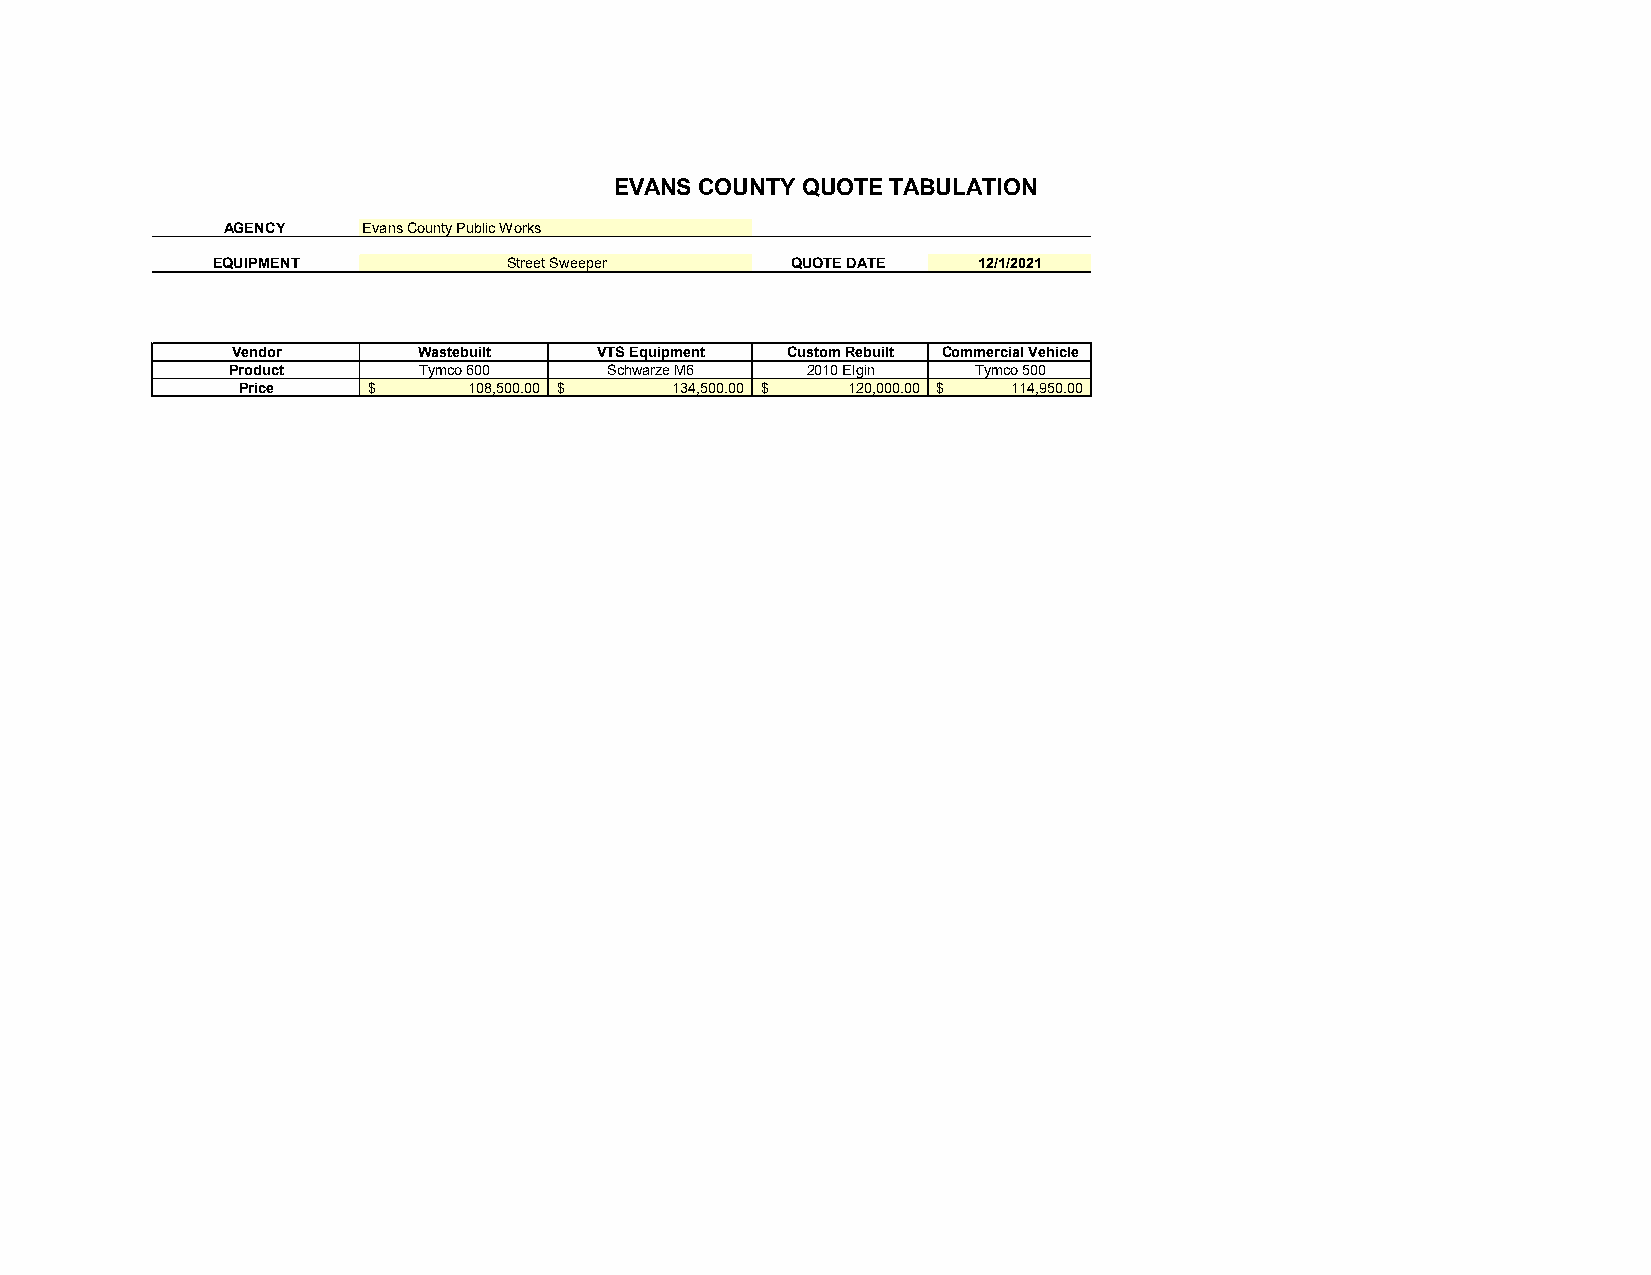
EVANS COUNTY QUOTE TABULATION
 AGENCY   Evans County Public Works
 EQUIPMENT           Street Sweeper    QUOTE DATE   12/1/2021
 Vendor       Wastebuilt  VTS Equipment Custom Rebuilt Commercial Vehicle
 Product      Tymco 600   Schwarze M6  2010 Elgin  Tymco 500
 Price   $      1 08,500.00 $ 1 34,500.00 $ 1 20,000.00 $ 1 14,950.00